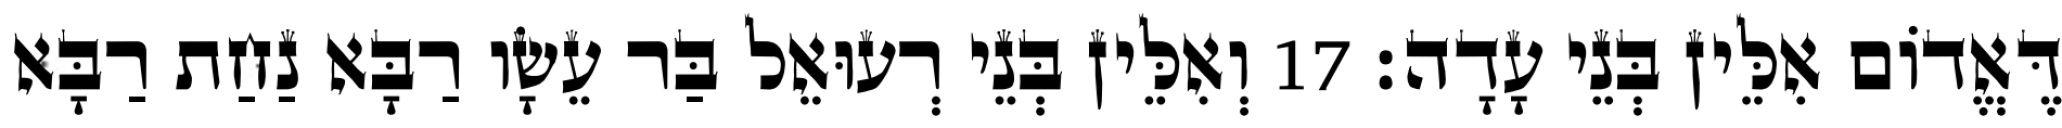
דֶּאֱדוֹם אִלֵּין בְּנֵי עָדָה׃ 17 וְאִלֵּין בְּנֵי רְעוּאֵל בַּר עֵשָׂו רַבָּא נַחַת רַבָּא